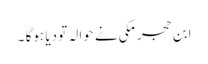
ابن حجر مکی نے حوالہ تو دیا ہوگا ۔